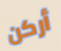
أركن